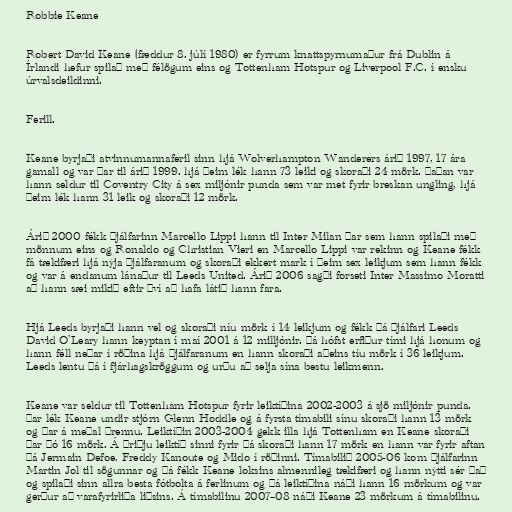
Robbie Keane

Robert David Keane (fæddur 8. júlí 1980) er fyrrum knattspyrnumaður frá Dublin á
Írlandi hefur spilað með félögum eins og Tottenham Hotspur og Liverpool F.C. í ensku
úrvalsdeildinni.

Ferill.

Keane byrjaði atvinnumannaferil sinn hjá Wolverhampton Wanderers árið 1997, 17 ára
gamall og var þar til árið 1999. hjá þeim lék hann 73 leiki og skoraði 24 mörk. Þaðan var
hann seldur til Coventry City á sex miljónir punda sem var met fyrir breskan ungling, hjá
þeim lék hann 31 leik og skoraði 12 mörk.

Árið 2000 fékk þjálfarinn Marcello Lippi hann til Inter Milan þar sem hann spilaði með
mönnum eins og Ronaldo og Christian Vieri en Marcello Lippi var rekinn og Keane fékk
fá tækifæri hjá nýja þjálfaranum og skoraði ekkert mark í þeim sex leikjum sem hann fékk
og var á endanum lánaður til Leeds United. Árið 2006 sagði forseti Inter Massimo Moratti
að hann sæi mikið eftir því að hafa látið hann fara.

Hjá Leeds byrjaði hann vel og skoraði níu mörk í 14 leikjum og fékk þá þjálfari Leeds
David O'Leary hann keyptan í maí 2001 á 12 milljónir. Þá hófst erfiður tími hjá honum og
hann féll neðar í röðina hjá þjálfaranum en hann skoraði aðeins tíu mörk í 36 leikjum.
Leeds lentu þá í fjárhagskröggum og urðu að selja sína bestu leikmenn.

Keane var seldur til Tottenham Hotspur fyrir leiktíðina 2002-2003 á sjö miljónir punda.
Þar lék Keane undir stjórn Glenn Hoddle og á fyrsta tímabili sínu skoraði hann 13 mörk
og þar á meðal þrennu. Leiktíðin 2003-2004 gekk illa hjá Tottenham en Keane skoraði
þar þó 16 mörk. Á þriðju leiktíð sinni fyrir þá skoraði hann 17 mörk en hann var fyrir aftan
þá Jermain Defoe, Freddy Kanoute og Mido í röðinni. Tímabilið 2005-06 kom þjálfarinn
Martin Jol til sögunnar og þá fékk Keane loksins almennileg tækifæri og hann nýtti sér það
og spilaði sinn allra besta fótbolta á ferlinum og þá leiktíðina náði hann 16 mörkum og var
gerður að varafyrirliða liðsins. Á tímabilinu 2007–08 náði Keane 23 mörkum á tímabilinu.